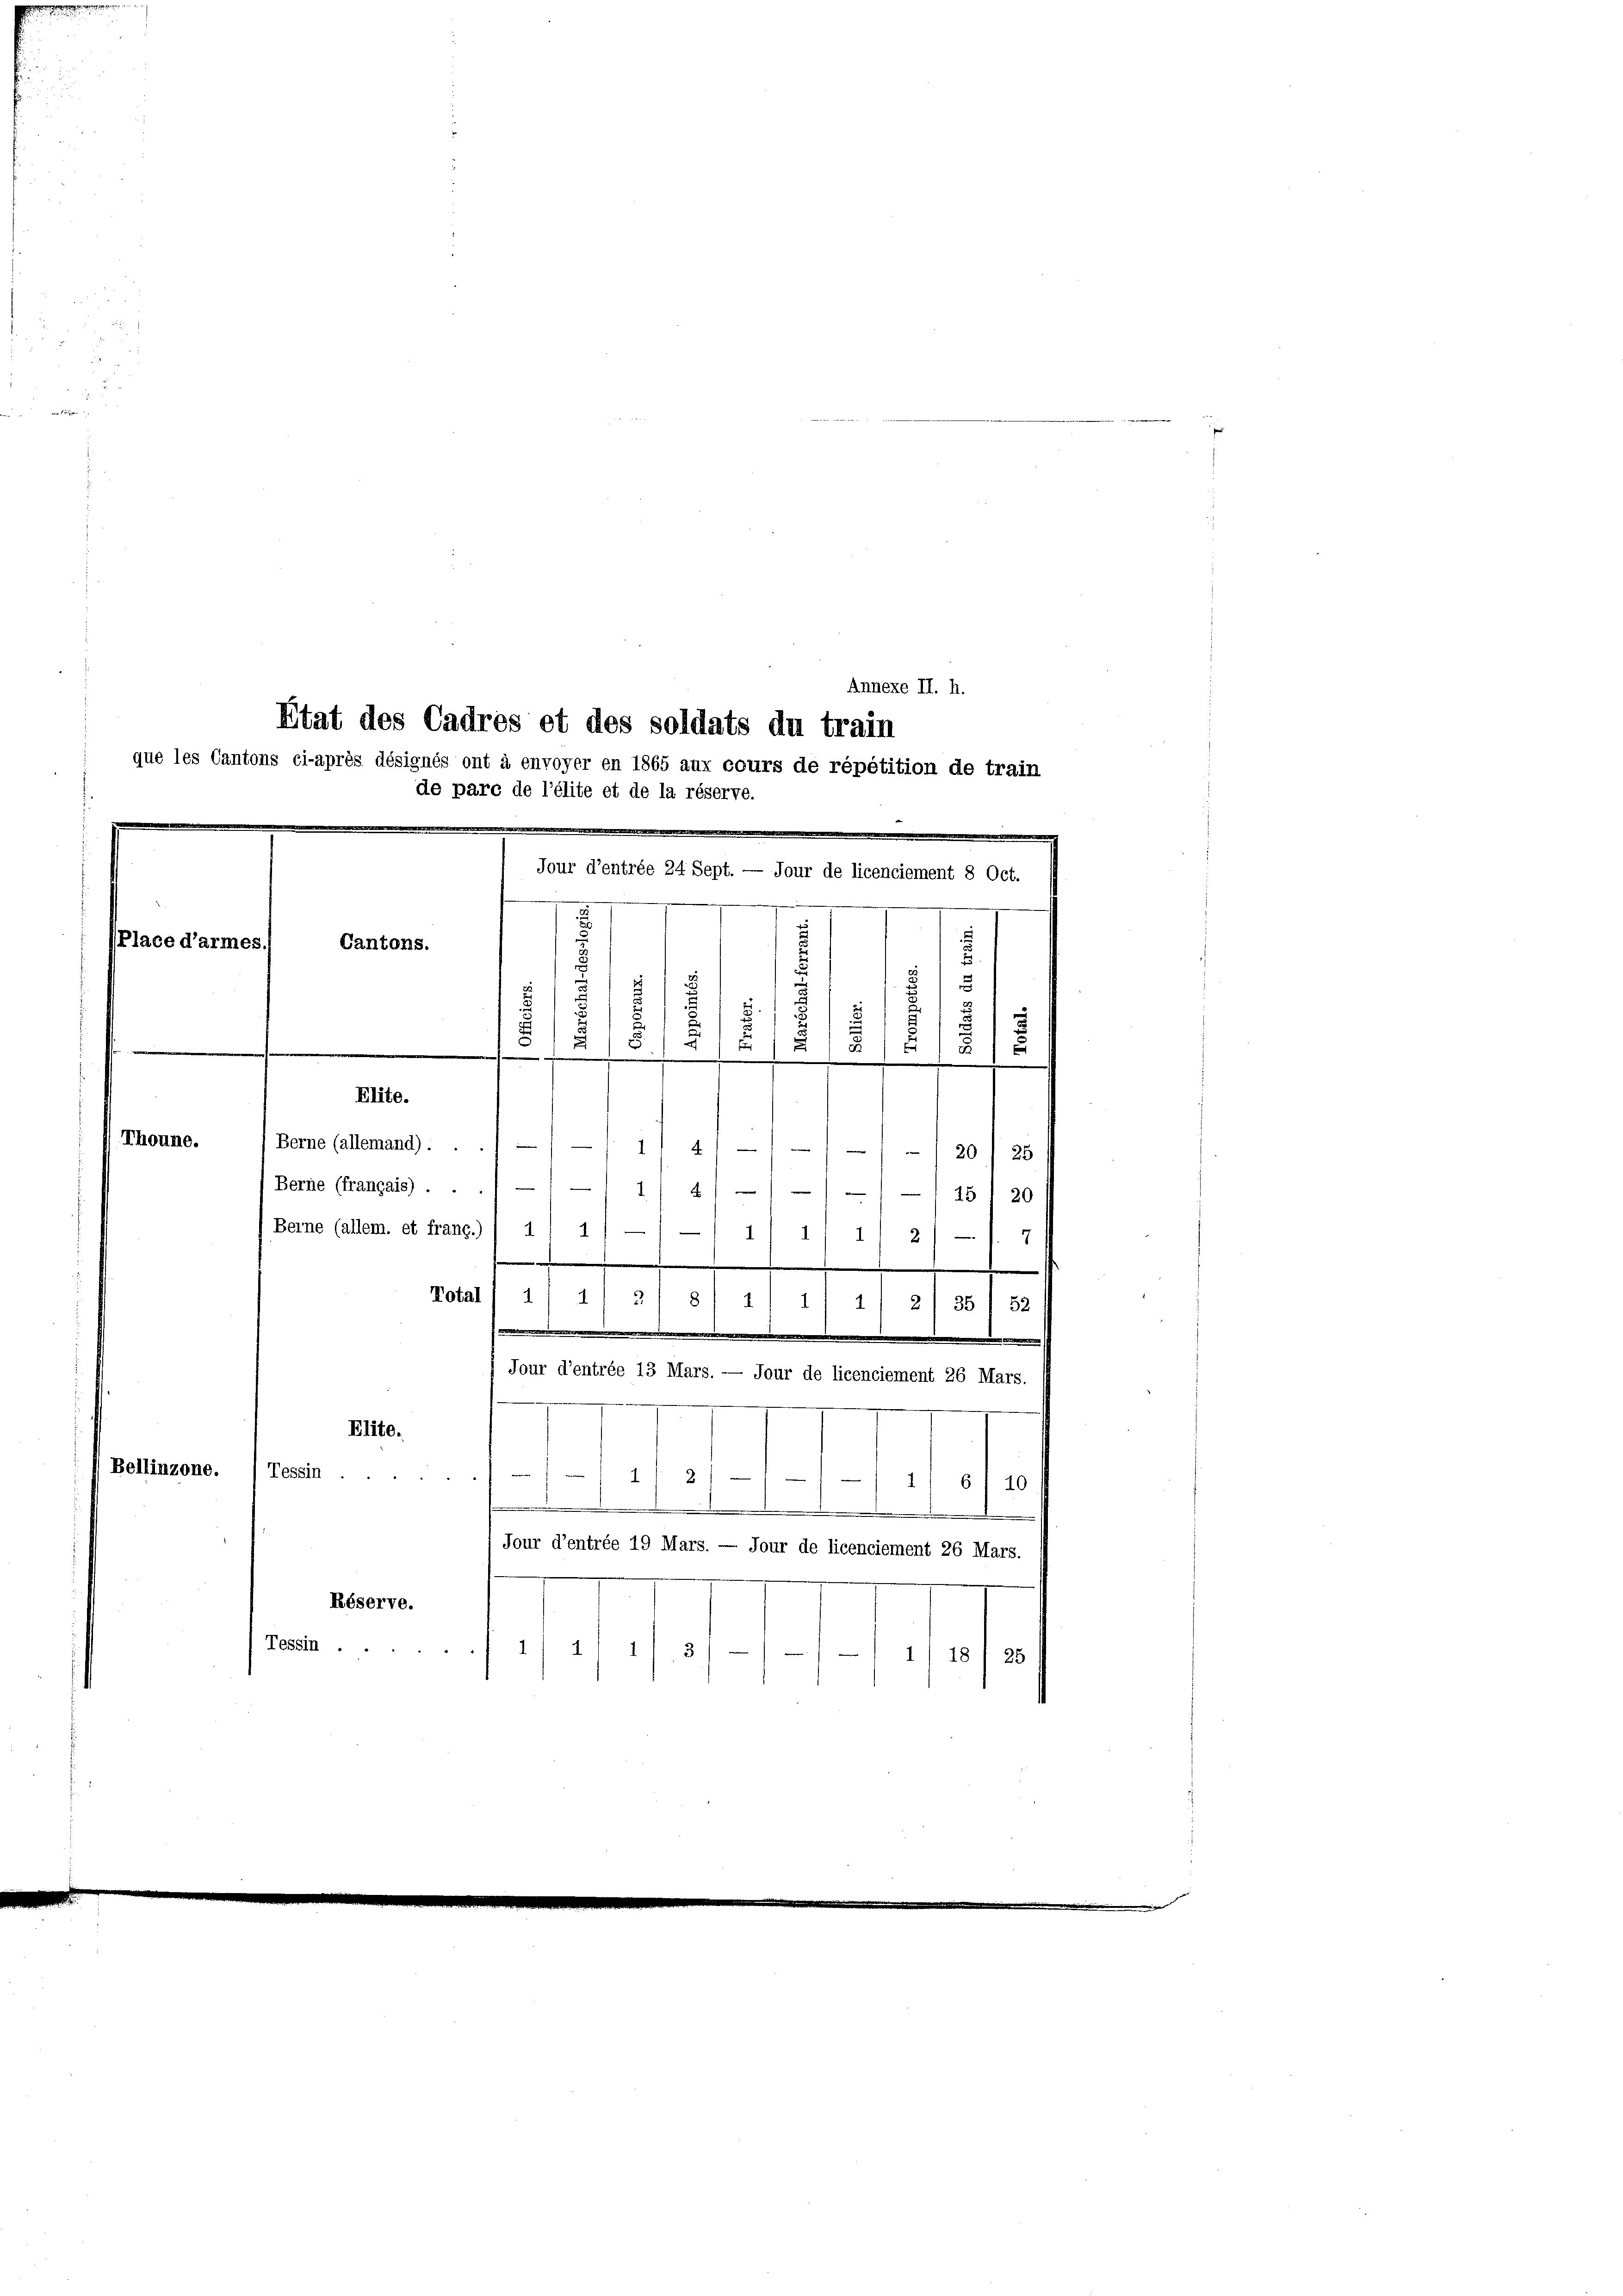
Place d’armes.
d
u
i
5
5
.
1
fü

e

Elite.
) Berne (allemand) . .
1/4///-120) 25
Berne (français) . . .1 —— 1/ 4///// 15 1 20
Beine (allem. et franç.) / 1
1
1
1)
7
2
.
Total ( a/ 4/ 318/11 1
12
f
Jour d’entrée 13 Mars. — Jour de licenciement 26 Mars.
Elite.
Bellinzone. (Tessin . .
12
/218/10
.
1
Jour d’entrée 19 Mars. — Jour de licenciement 26 Mars.
Réserve.
Tessin ..
1/ 4111 3/
1/18/28

Thoune.

Annexe II. h.
Etat des Cadres et des soldats du train
que les Cantons ci-après désignés ont à envoyer en 1865 aux cours de répétition de train
de pare de l’élite et de la réserve.
Jour d’entrée 24 Sept. — Jour de licenciement 8 Oct.
Cantons.